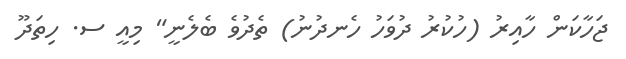
ޖަހާކަން ހާއިރު (ހުކުރު ދުވަހު ހެނދުނު) ތެދުވެ ބެލެނީ" މިއީ ސ. ހިތަދޫ